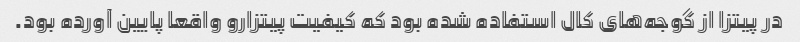
در پیتزا از گوجه‌های کال استفاده شده بود که کیفیت پیتزارو واقعا پایین آورده بود.